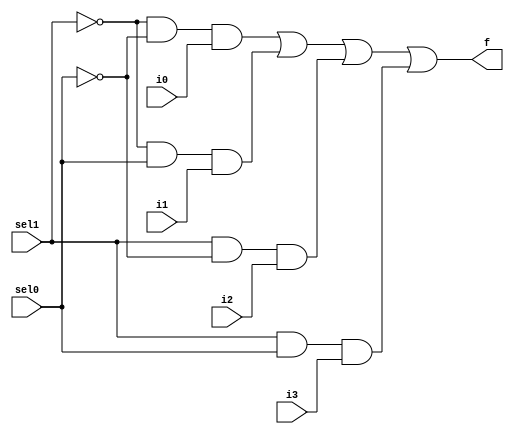
//shitRight
module mux4to1(sel1, sel0, i0, i1, i2, i3 , f);
  input sel1, sel0, i0, i1, i2, i3;
  output f;
  wire w1, w2, w3, w4, nsel1, nsel0;
  not(nsel1, sel1);
  not(nsel0, sel0);
  
  and(w1, nsel1, nsel0, i0);
  and(w2, nsel1, sel0, i1);
  and(w3, sel1, nsel0, i2);
  and(w4, sel1, sel0, i3);
  
  or(f, w1, w2, w3, w4);
  
endmodule

module mux4to1_8bit(sel1, sel0, i0, i1, i2, i3 , f);
  input sel1, sel0;
  input [7:0]i3, i2, i1, i0;
  output [7:0]f;

  mux4to1 mux1(.sel1(sel1), .sel0(sel0), .i0(i0[0]), .i1(i1[0]), .i2(i2[0]), .i3(i3[0]), .f(f[0]));
  mux4to1 mux2(.sel1(sel1), .sel0(sel0), .i0(i0[1]), .i1(i1[1]), .i2(i2[1]), .i3(i3[1]), .f(f[1]));
  mux4to1 mux3(.sel1(sel1), .sel0(sel0), .i0(i0[2]), .i1(i1[2]), .i2(i2[2]), .i3(i3[2]), .f(f[2]));
  mux4to1 mux4(.sel1(sel1), .sel0(sel0), .i0(i0[3]), .i1(i1[3]), .i2(i2[3]), .i3(i3[3]), .f(f[3]));
  mux4to1 mux5(.sel1(sel1), .sel0(sel0), .i0(i0[4]), .i1(i1[4]), .i2(i2[4]), .i3(i3[4]), .f(f[4]));
  mux4to1 mux6(.sel1(sel1), .sel0(sel0), .i0(i0[5]), .i1(i1[5]), .i2(i2[5]), .i3(i3[5]), .f(f[5]));
  mux4to1 mux7(.sel1(sel1), .sel0(sel0), .i0(i0[6]), .i1(i1[6]), .i2(i2[6]), .i3(i3[6]), .f(f[6]));
  mux4to1 mux8(.sel1(sel1), .sel0(sel0), .i0(i0[7]), .i1(i1[7]), .i2(i2[7]), .i3(i3[7]), .f(f[7]));
endmodule

module shiftright(sel0,sel1,cin,x,f,cout);
input sel0,sel1,cin;
input [7:0]x;
output cout;
output [7:0]f;
wire [7:0]w0,w1,w2,w3;

//logic
buf (w0[7],0);
buf (w0[6],x[7]);
buf (w0[5],x[6]);
buf (w0[4],x[5]);
buf (w0[3],x[4]);
buf (w0[2],x[3]);
buf (w0[1],x[2]);
buf (w0[0],x[1]);

//Rotate right
buf (w1[7],x[0]);
buf (w1[6],x[7]);
buf (w1[5],x[6]);
buf (w1[4],x[5]);
buf (w1[3],x[4]);
buf (w1[2],x[3]);
buf (w1[1],x[2]);
buf (w1[0],x[1]);

//Rotate with carry
buf (w2[7],cin);
buf (w2[6],x[7]);
buf (w2[5],x[6]);
buf (w2[4],x[5]);
buf (w2[3],x[4]);
buf (w2[2],x[3]);
buf (w2[1],x[2]);
buf (w2[0],x[1]);
buf (cout,x[0]);

//Arithmatic
buf (w3[7],x[7]);
buf (w3[6],x[7]);
buf (w3[5],x[6]);
buf (w3[4],x[5]);
buf (w3[3],x[4]);
buf (w3[2],x[3]);
buf (w3[1],x[2]);
buf (w3[0],x[1]);

mux4to1_8bit shift (.sel1(sel1), .sel0(sel0), .i0(w0), .i1(w1), .i2(w2), .i3(w3) , .f(f));
endmodule

module shiftright_test;
reg s0,s1,ci;
reg [7:0]a;
wire co;
wire [7:0]y;
shiftright test(.sel1(s1), .sel0(s0), .cin(ci), .cout(co), .x(a), .f(y));
initial begin 
a = 8'b10110101;
{s1,s0} = 2'b00;
ci = 1'b1;
$monitor("x = %b s1,s0 = %b,%b f = %b",a,s1,s0,y);
#50
{s1,s0} = 2'b01;
$monitor("x = %b s1,s0 = %b,%b f = %b",a,s1,s0,y);
#50
{s1,s0} = 2'b10;
$monitor("x = %b s1,s0 = %b,%b cin = %b cout = %b f = %b ",a,s1,s0,ci,co,y);
#50
{s1,s0} = 2'b11;
$monitor("x = %b s1,s0 = %b,%b f = %b",a,s1,s0,y);
end
endmodule